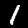
Digit: 1